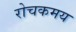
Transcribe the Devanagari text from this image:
रोचकमय